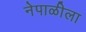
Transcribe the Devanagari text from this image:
नेपाळीला